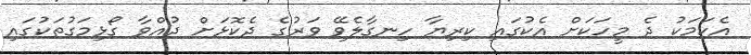
އެކަަމަކު ދެ މީހަކަށް އެކުގައި ކިރިޔާ ހިނގާލެވޭ ވަރުގެ ދެކޮޅަށް ދުއްވާ ގޯޅިމަގުތަކުގައި